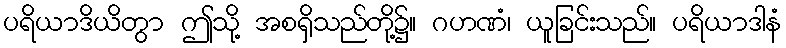
ပရိယာဒိယိတွာ ဤသို့ အစရှိသည်တို့၌။ ဂဟဏံ၊ ယူခြင်းသည်။ ပရိယာဒါနံ